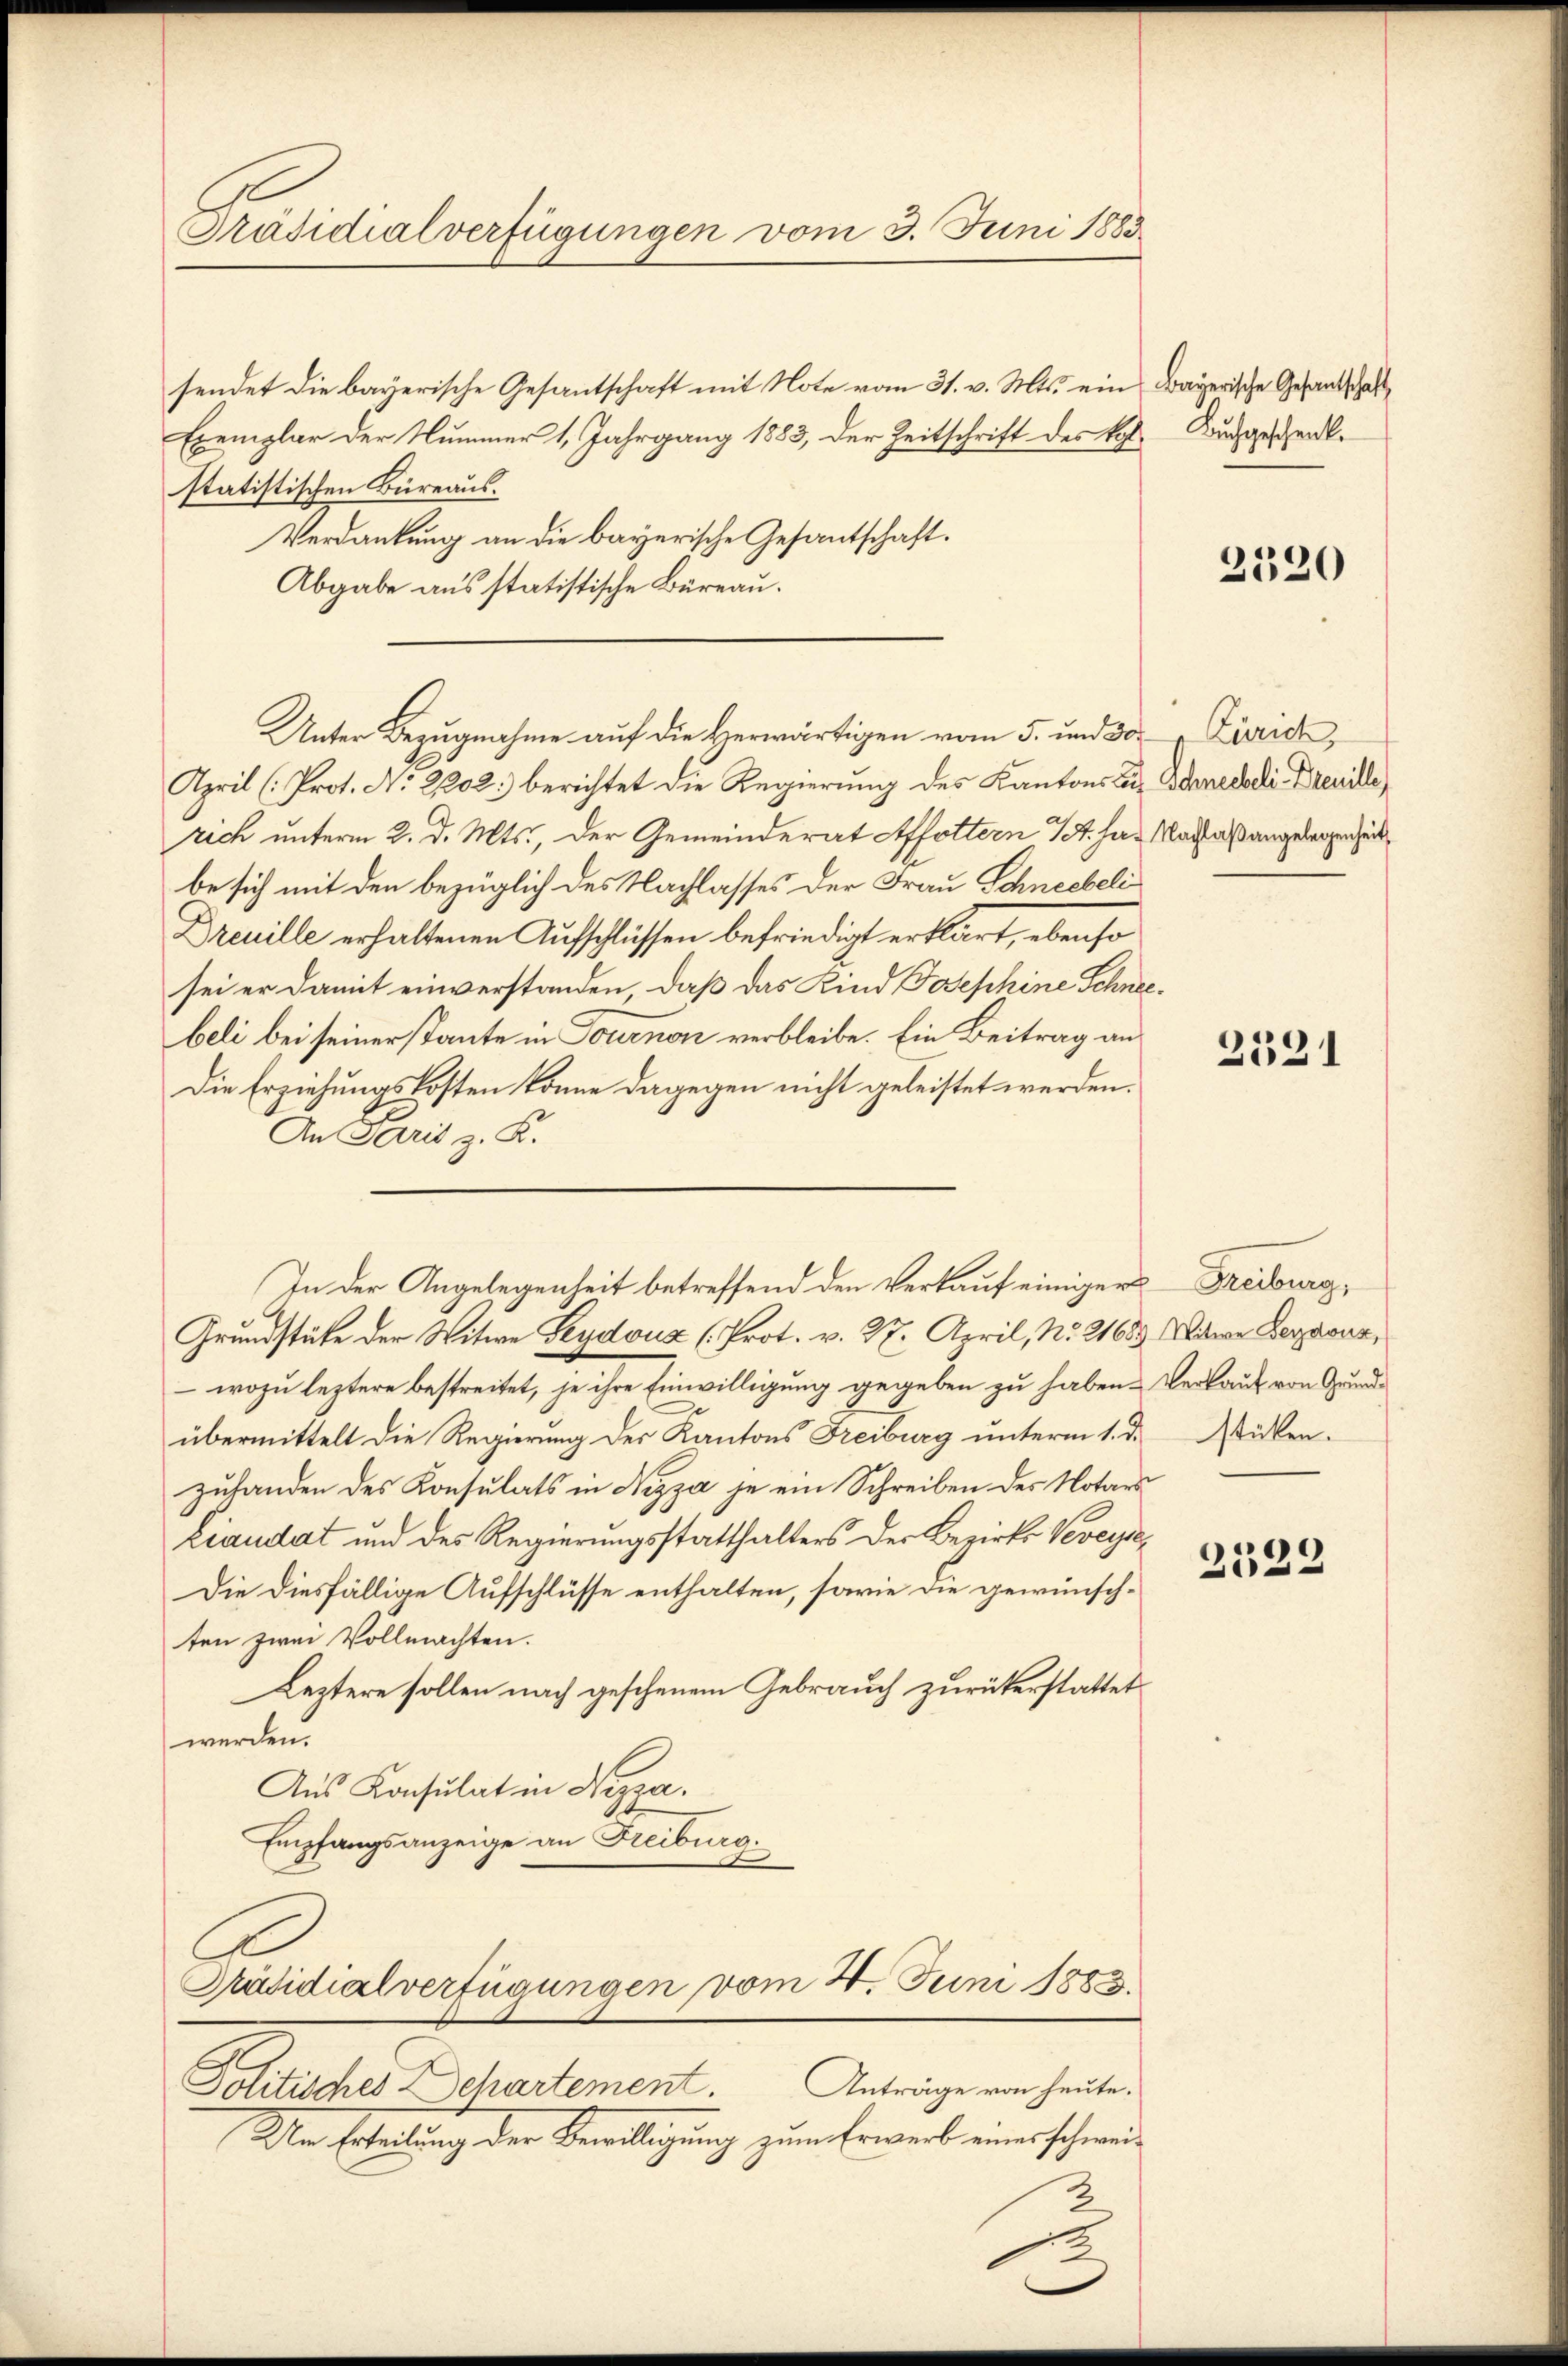
Präsidialverfügungen vom 3. Juni 1883

sendet die bayerische Gesantschaft mit Note vom 31. v. Mts. ein
Exemplar der Nummer 1, Jahrgang 1883, der Zeitschrift des k. Buchgeschenkstatistischen Büreaus.
Verdankung an die bayerische Gesantschaft.
Abgabe aus statistische Büreau.
April (Prot. No. 2102: berichtet die Regierŭng des Kantons zur Schneebeli-Drenille
rich unterm 2. d. Mts., der Gemeinderat Affoltern 1. har Nachlaß angelegenheit
be sich mit den bezüglich des Nachlasses der Frau Schneebeli
Dreuille erhaltenen Aufschlüssen befriedigt erklärt, ebenso
sei er damit einverstanden, daß das Kind Josephine Schnee
beli bei seiner stante in Tournen verbleibe. Ein Beitrag an
Die Erziehungskosten könne dagegen nicht geleistet werden.
An Paris z. B.
Grundstüke der Witwe Leydouz (Prot. v. 27. April, No. 21683. Witwe Legions,
 wozu leztere bestreitet, je ihre Einwilligung gegeben zu haben. Verkauf von Grundübermittelt die Regierung des Kantons Freiburg unterm 1. d. Wirkenzufanden des Konsulats in Nizza je ein Schreiben des Notars
Liaudat und des Regierungsstatthalters der Bezirks Veveyse¬
Die diesfällige Aufschlüsse enthalten, sowie die gewünschten zwei Vollmachten.
Leztere sollen nach geschenem Gebrauch zurükerstattet
werden.
Aus Konsulat in Nizza
Empfangsanzeige an Freiburg.
Präsidialverfügungen vom 2. Juni 1883.
Anträge von heute.
Politisches Departement.
In Ertheilung der Bewilligung zum Erwerb einer schwei¬
3

Unter Bezugnahme auf die Herwärtigen vom 5. und 30. Zürich,

In der Angelegenheit betreffend den Verkauf einiger Freiburg,

2

Bayerische Gesantschaft

2320

2521

2522